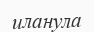
иланула